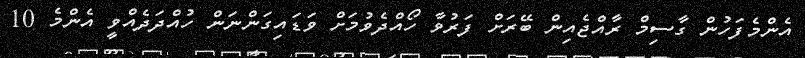
އެންމެފަހުން ގާސިމް ރާއްޖެއިިން ބޭރަށް ފަރުވާ ހޯއްދެވުމަށް ވަޑައިގަންނަން ހުއްދަދެއްވީ އެންމެ 10